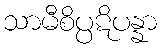
သာမီစိပ္ပဋိပန္နာ